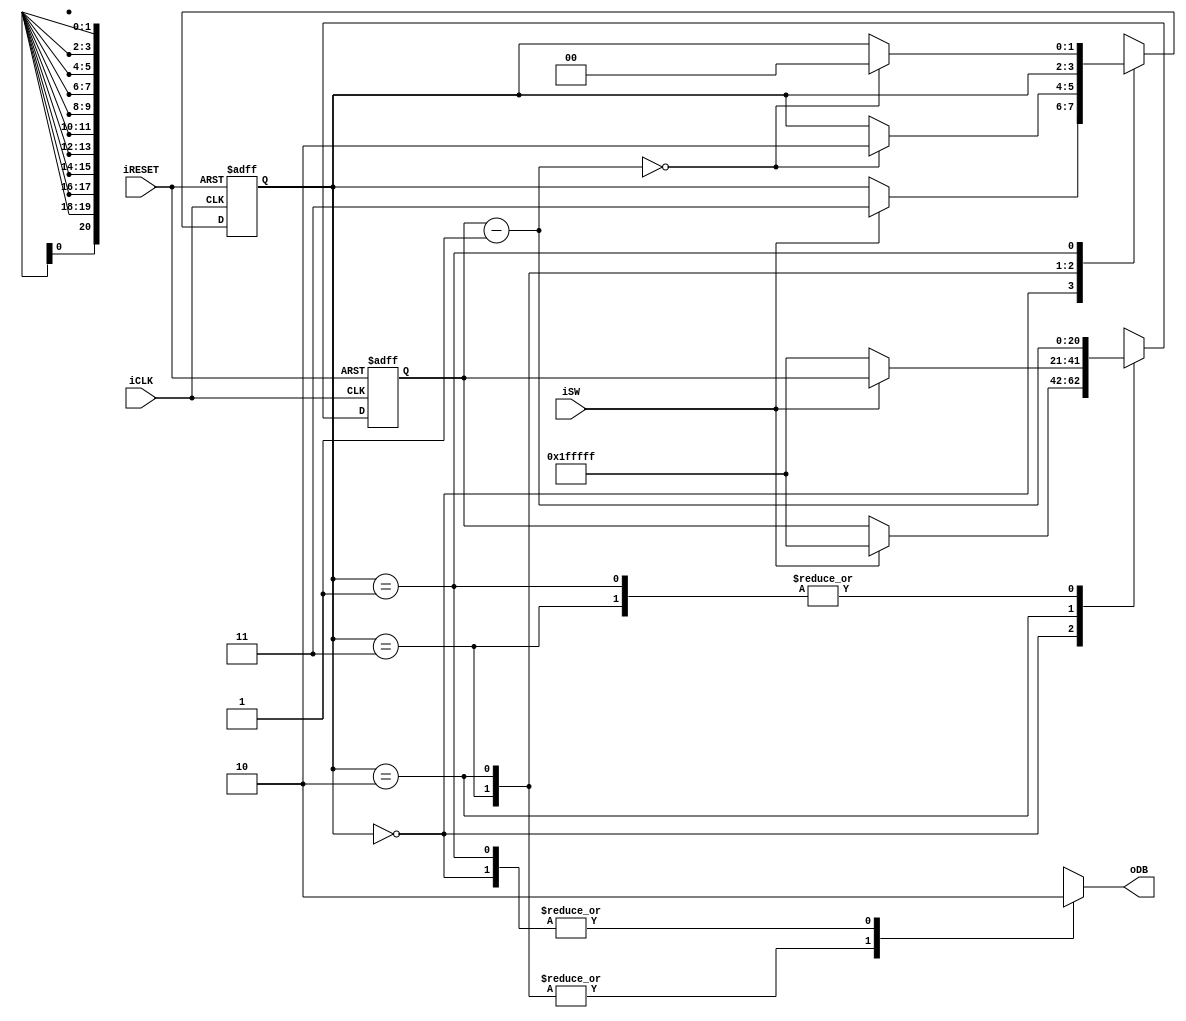
module db_fsmd_alt
	(
		input wire iCLK, iRESET,
		input wire iSW,
		output reg oDB
	);
	
	// symbolic state declaration
	localparam [1:0]
		zero  = 2'b00,
		wait0 = 2'b01,
		one   = 2'b10,
		wait1 = 2'b11;
	
	// number of counter bits (2^N * 20 ns = 40 ms)
	localparam N = 21;

	// signal declaration
	reg [N-1:0] q_reg, q_next;
	reg [1:0] state_reg, state_next;

	// body
	// fsmd state and data registers
	always @(posedge iCLK, posedge iRESET)
		if (iRESET)
			begin
				state_reg <= 0;
				q_reg <= 0;
			end
		else
			begin
				state_reg <= state_next;
				q_reg <= q_next;
			end
	
	// next-state logic and data path functional units/routing
	always @*
	begin
		state_next = state_reg;		// default state: the same
		q_next = q_reg;				// default q: unchanged
		oDB = 1'b0;
		case (state_reg)
			zero:
				begin
					oDB = 1'b0;
					if (iSW)
						begin
							state_next = wait1;
							q_next = {N{1'b1}};	// load 1..1
						end
				end
			wait1:
				begin
					oDB = 1'b1;
					q_next = q_reg - 1;
					if (q_next == 0)
						state_next = one;
				end
			one:
				begin
					oDB = 1'b1;
					if (~iSW)
						begin
							q_next = wait0;
							q_next = {N{1'b1}};	// load 1..1
						end
				end
			wait0:
				begin
					oDB = 1'b0;
					q_next = q_reg - 1;
					if (q_next == 0)
						state_next = zero;
				end
			default: state_next = zero;
		endcase
	end
endmodule